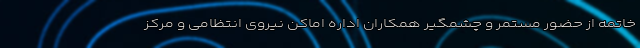
خاتمه از حضور مستمر و چشمگیر همکاران اداره اماکن نیروی انتظامی و مرکز